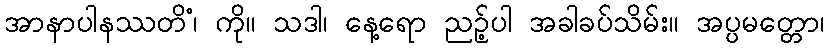
အာနာပါနဿတိံ၊ ကို။ သဒါ၊ နေ့ရော ညဉ့်ပါ အခါခပ်သိမ်း။ အပ္ပမတ္တော၊